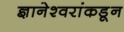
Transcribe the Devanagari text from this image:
ज्ञानेश्वरांकडून